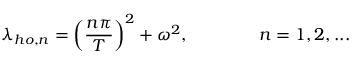
\lambda _ { h o , n } = \left( \frac { n \pi } { T } \right) ^ { 2 } + \omega ^ { 2 } , \mathrm { \ \ \ \ \ \ \ \ \ \ \ \ } n = 1 , 2 , . . .